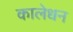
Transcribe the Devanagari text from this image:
कालेधन